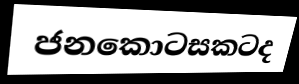
ජනකොටසකටද